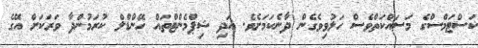
ކަސްޓަމްސްގެ މަސައްކަތްވެސް ހަލުވިވެގެން ދާނެކަމަށެވެ. އަދި ޝިޕްމެންޓްތައް ހޭންޑްލް ކުރަމުންދާ ވަރަކަށް އޭގެ